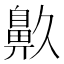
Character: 𪖓